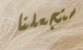
ستجعلنا